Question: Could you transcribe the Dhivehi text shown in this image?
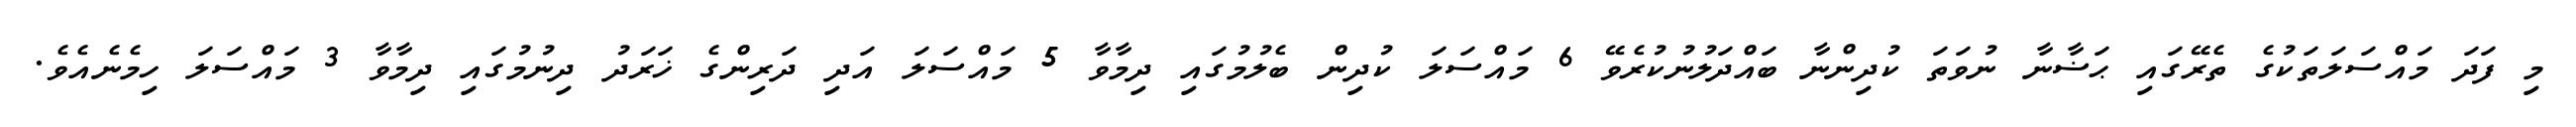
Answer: މި ފަދަ މައްސަލަތަކުގެ ތެރޭގައި ޙަޟާނާ ނުވަތަ ކުދިންނާ ބައްދަލުނުކުރެވޭ 6 މައްސަލަ ކުދިން ބެލުމުގައި ދިމާވާ 5 މައްސަލަ އަދި ދަރިންގެ ޚަރަދު ދިނުމުގައި ދިމާވާ 3 މައްސަލަ ހިމެނެއެވެ.